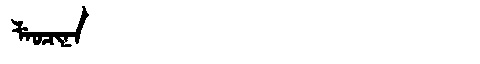
Manchu: ᠯᡝᠣᠴᡳᠨᠠ
Romanization: LEOCINA